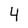
Character: 4